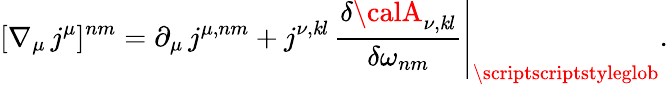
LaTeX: [\nabla_{\mu}\, j^{\mu}]^{nm}=\partial_{\mu}\, j^{\mu,nm}+j^{\nu,\mathit{k}l}\, \left.\frac{{\delta{\calA}_{\nu,\mathit{k}l}}}{{\delta\omega_{nm}}}\right|_{\mathrm{{\scriptscriptstyleglob}}}.